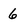
Character: 6